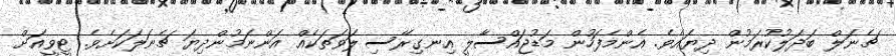
ޗެނަލް ބަދަލުކުރަމުން ދިޔައެވެ. އެންމެފަހުން މަޑުޖައްސާލީ އިނގިރޭސި ލަވަތަކެއް އަންނަމުންދިޔަ ޗެނަލަކަށެވެ. ޓީވީއަށް